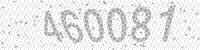
Solution: 460081